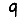
Digit: 9